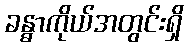
ခန္ဓာကိုယ်အတွင်းရှိ